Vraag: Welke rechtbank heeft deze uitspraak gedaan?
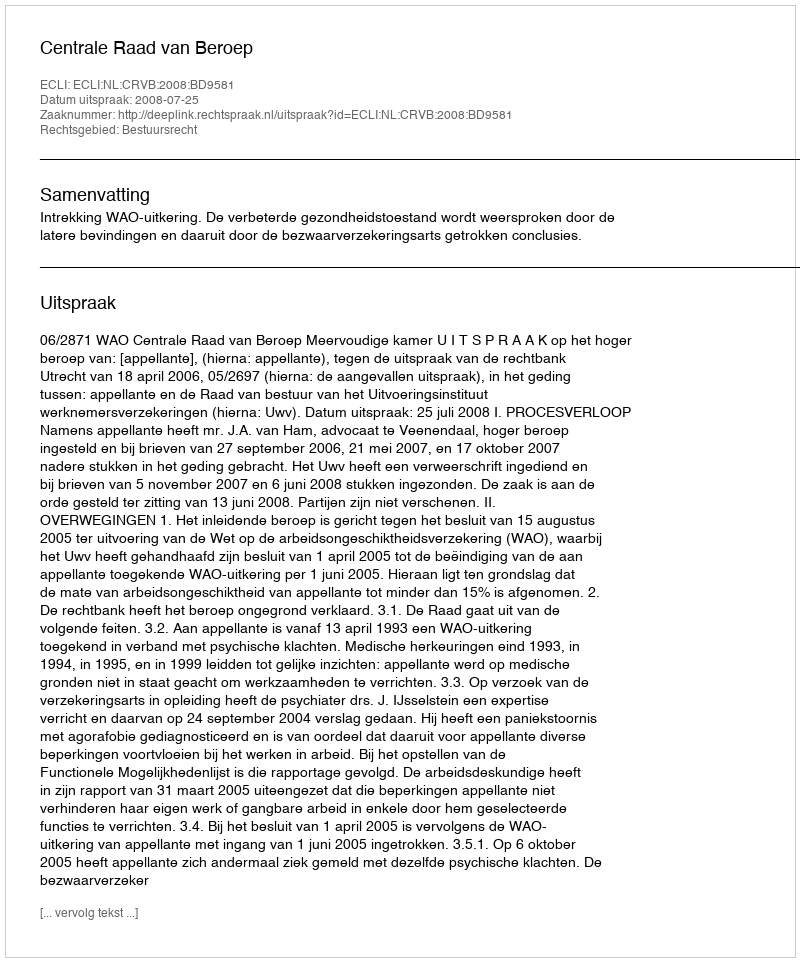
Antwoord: Centrale Raad van Beroep